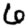
Digit: 6